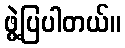
ဖွဲ့ပြပါတယ်။